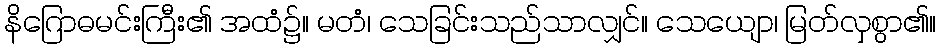
နိဂြောဓမင်းကြီး၏ အထံ၌။ မတံ၊ သေခြင်းသည်သာလျှင်။ သေယျော၊ မြတ်လှစွာ၏။